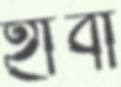
হাবী